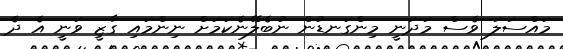
މައްސަލަ ވެސް މަދަނީ މިންގަނޑުން ނުބެލޭނެކަމަށް ނިންމައި ގާޒީ ވަނީ އެ ދެ